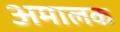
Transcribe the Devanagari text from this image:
अमालक